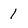
Character: 1